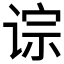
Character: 𫟡